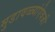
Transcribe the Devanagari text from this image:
मुडावळ्यांऐवजी